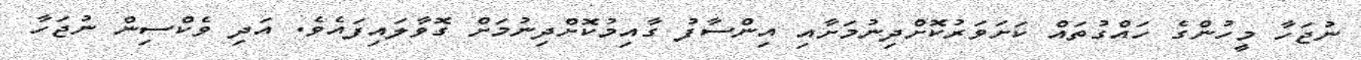
ނުޖަހާ މީހުންގެ ހައްގުތައް ކަށަވަރުކޮށްދިނުމަށާއި އިންސާފު ގާއިމުކޮށްދިނުމަށް ގޮވާލައިފައެވެ. އަދި ވެކްސިން ނުޖަހާ